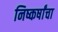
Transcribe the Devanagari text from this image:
निष्कर्षांचा